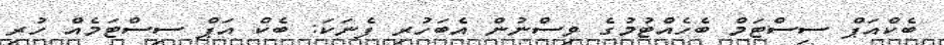
ބެކްއަޕް ސިސްޓަމް ބެހެއްޓުމުގެ ވިސްނުން އެބަހުރި ފެނަކަ: ބެކް އަޕް ސިސްޓަމެއް ހުރި